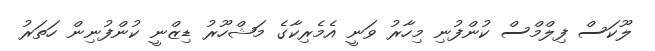
ލޫކަސް ފިލްމްސް ކުންފުނި މިހާރު ވަނީ އެމެރިކާގެ މަޝްހޫރު ޑިޒްނީ ކުންފުނިން ހަތަރު